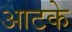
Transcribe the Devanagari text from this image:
आटके